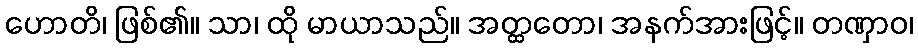
ဟောတိ၊ ဖြစ်၏။ သာ၊ ထို မာယာသည်။ အတ္ထတော၊ အနက်အားဖြင့်။ တဏှာဝ၊